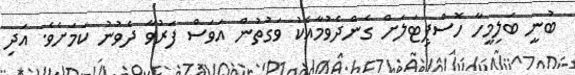
ބުނީ ބަލިމީހާ ހޮސްޕިޓަލަށް ގެންދެވުމާއެކު ވަގުތުން އަވަސް ފަރުވާ ދެވުނު ކަމަށެވެ. އަދި